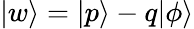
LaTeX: |w\rangle=|p\rangle-q|\phi\rangle